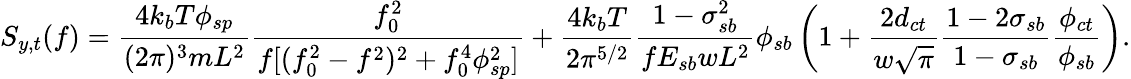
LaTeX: S_{y,t}(f)=\frac{4k_{b}T\phi_{sp}}{(2\pi)^{3}mL^{2}}\frac{f_{0}^{2}}{f[(f_{0}^{2}-f^{2})^{2}+f_{0}^{4}\phi_{sp}^{2}]}+\frac{4k_{b}T}{2\pi^{5/2}}\frac{1-\sigma_{sb}^{2}}{fE_{sb}wL^{2}}\phi_{sb}\left(1+\frac{2d_{ct}}{w\sqrt{\pi}}\frac{1-2\sigma_{sb}}{1-\sigma_{sb}}\frac{\phi_{ct}}{\phi_{sb}}\right).